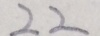
2 2